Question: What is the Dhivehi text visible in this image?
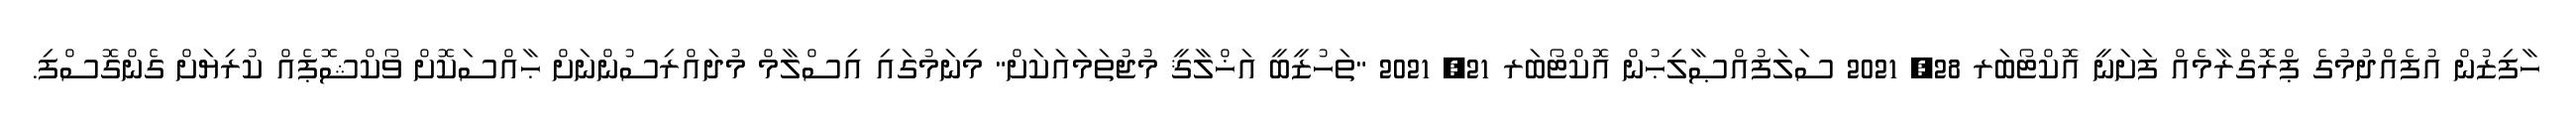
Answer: ހާފިޒުން އުފެއްދުމުގެ ޕްރޮގްރާމެއް ފަށަނީ އޮކްޓޯބަރ 28, 2021 ސަލަފުއްޞާލިޙުން އޮކްޓޯބަރ 21, 2021 "ތަހުޒީބީ އަޚްލާޤީ މުޖުތަމައަކަށް" މިނަމުގައި އިސްލާމް މުދައްރިސުންނަށް ޙާއްސަކޮށް ވޯކްޝޮޕެއް ކުރިޔަށް ގެންގޮސްފި.